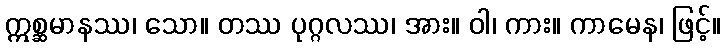
ဣစ္ဆမာနဿ၊ သော။ တဿ ပုဂ္ဂလဿ၊ အား။ ဝါ၊ ကား။ ကာမေန၊ ဖြင့်။